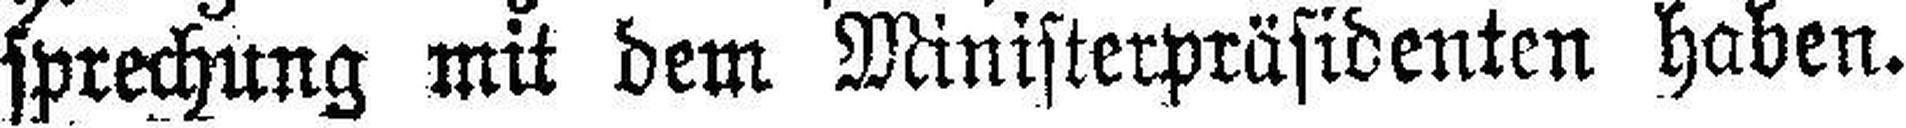
sprechung mit dem Ministerpräsidenten haben.